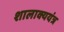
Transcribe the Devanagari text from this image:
शालाक्ययंत्र